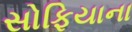
સોફિયાના